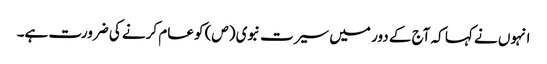
انہوں نے کہا کہ آج کے دور میں سیرت نبوی (ص) کو عام کرنے کی ضرورت ہے۔